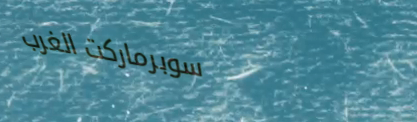
سوبرماركت الغرب